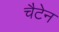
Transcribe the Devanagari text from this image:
चैटेन